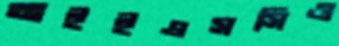
আইইএসসিও